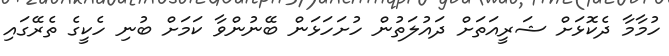
ހުމާމާ ދެކޮޅަށް ޝަރީއަތަށް ދައުލަތުން ހުށަހަޅަން ބޭނުންވާ ކަމަށް ބުނި ހެކީގެ ތެރޭގައި